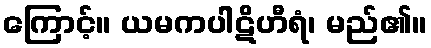
ကြောင့်။ ယမကပါဋိဟီရံ၊ မည်၏။